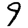
Digit: 9